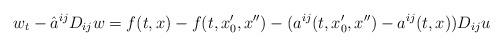
LaTeX: \begin{align*}w_t-\hat a^{ij}D_{ij}w=f(t,x)-f(t,x_0',x'')- (a^{ij}(t,x_0',x'')-a^{ij}(t,x))D_{ij}u\end{align*}